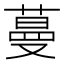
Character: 蔓